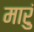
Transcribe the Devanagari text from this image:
मारुं